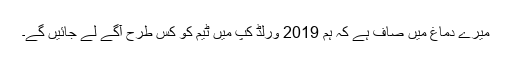
میرے دماغ میں صاف ہے کہ ہم 2019 ورلڈ کپ میں ٹیم کو کس طرح آگے لے جائیں گے۔